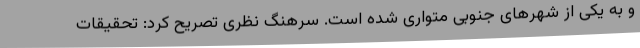
و به یکی از شهرهای جنوبی متواری شده است. سرهنگ نظری تصریح کرد: تحقیقات